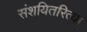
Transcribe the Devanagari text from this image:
संशयितरित्या